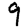
Digit: 9